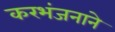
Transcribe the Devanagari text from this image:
करभंजनाने